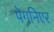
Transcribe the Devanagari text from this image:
पेगनिएर